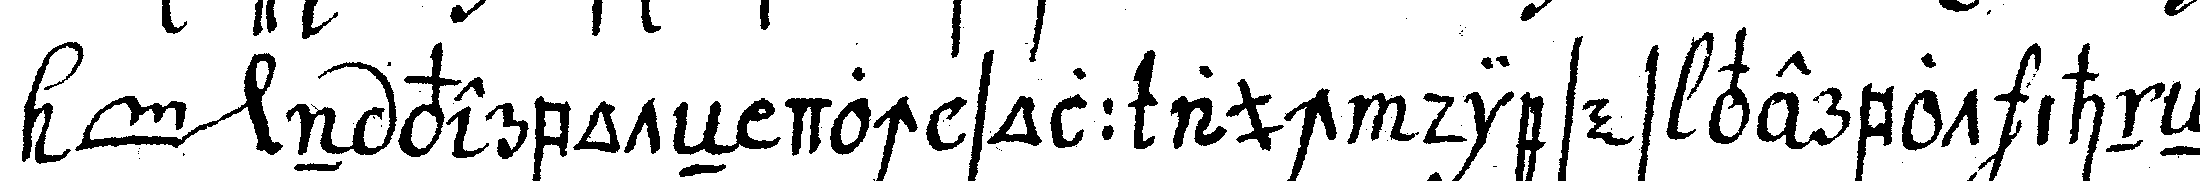
*toe* *nee* n verboteN doch soll auch dieses verbot ihneN